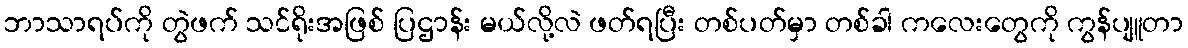
ဘာသာရပ်ကို တွဲဖက် သင်ရိုးအဖြစ် ပြဌာန်း မယ်လို့လဲ ဖတ်ရပြီး တစ်ပတ်မှာ တစ်ခါ ကလေးတွေကို ကွန်ပျူတာ